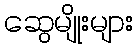
ဆွေမျိုးများ